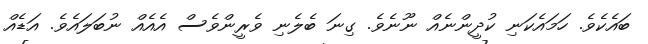
ބައެކެވެ. ހަމައެކަނި ކުދީންނެއް ނޫނެވެ. ގިނަ ބެލެނި ވެރީންވެސް އެއެއް ނުބަލައެވެ. އަޑެއް